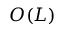
O ( L )